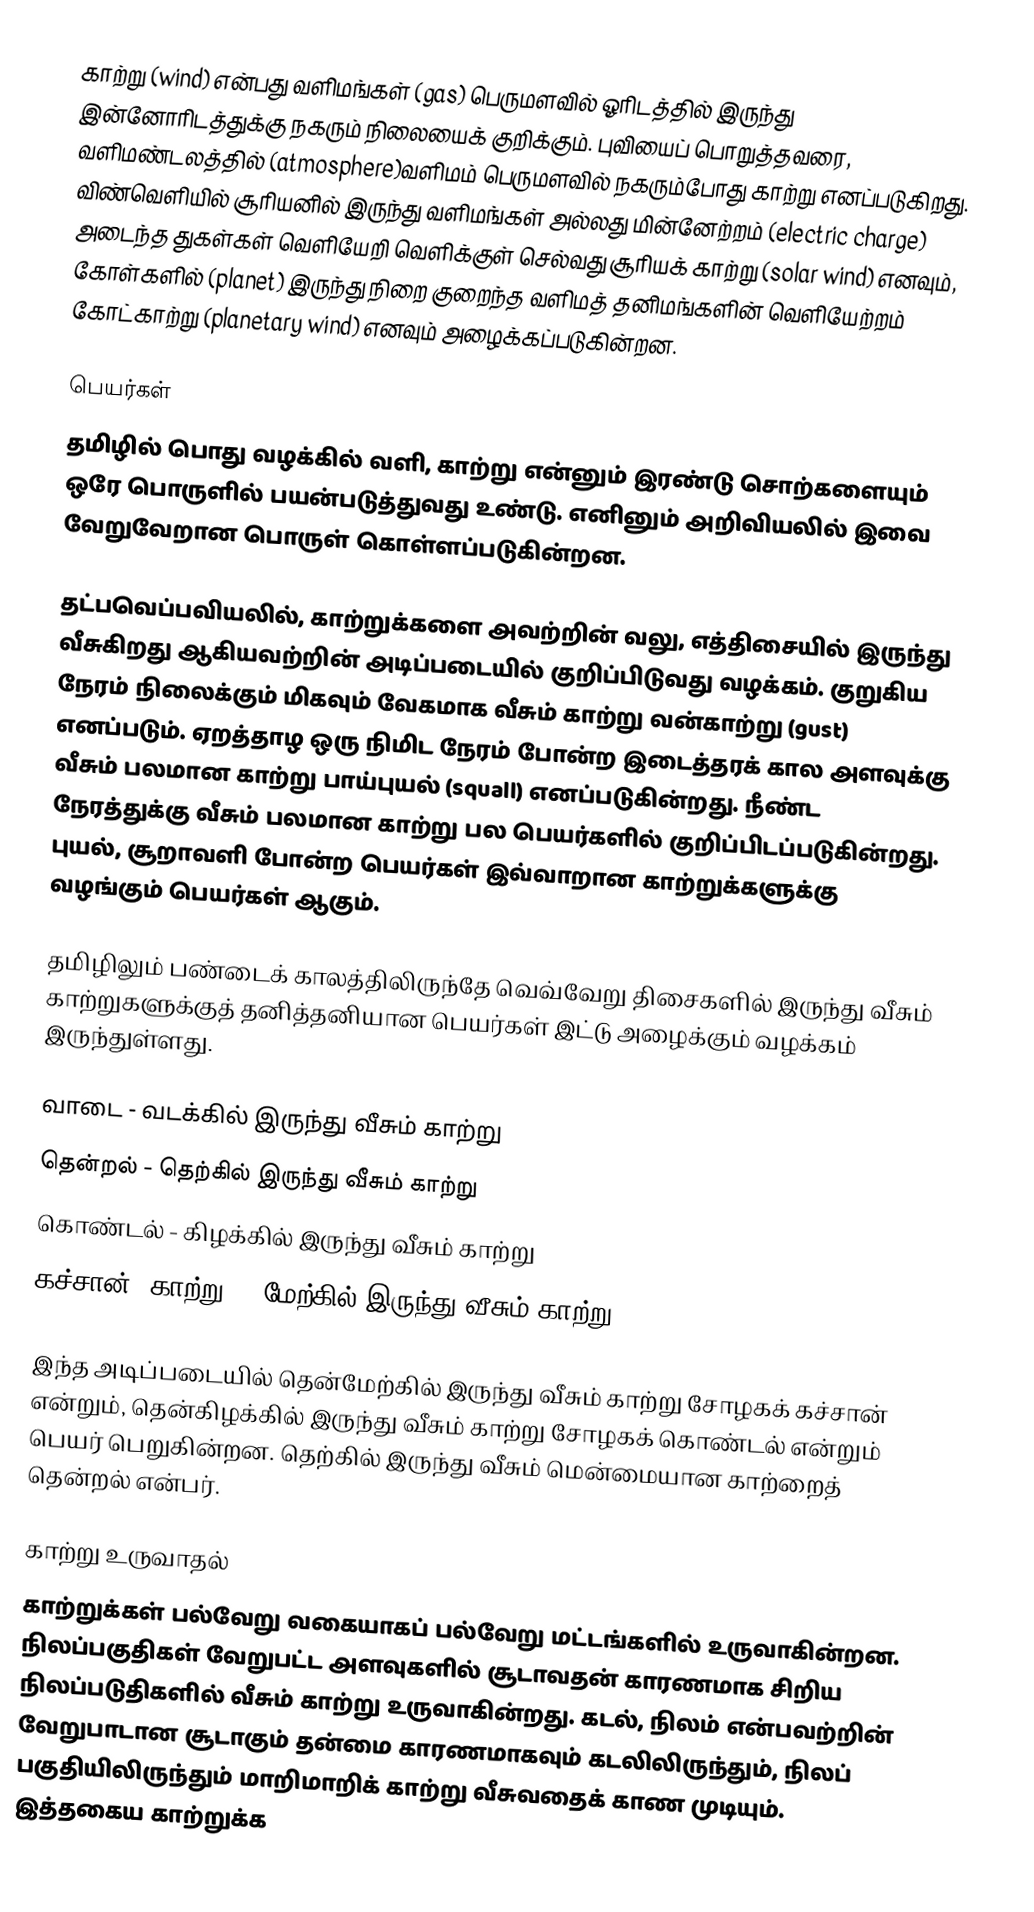
காற்று (wind) என்பது வளிமங்கள் (gas) பெருமளவில் ஓரிடத்தில் இருந்து இன்னோரிடத்துக்கு நகரும் நிலையைக் குறிக்கும். புவியைப் பொறுத்தவரை, வளிமண்டலத்தில் (atmosphere)வளிமம் பெருமளவில் நகரும்போது காற்று எனப்படுகிறது. விண்வெளியில் சூரியனில் இருந்து வளிமங்கள் அல்லது மின்னேற்றம் (electric charge) அடைந்த துகள்கள் வெளியேறி வெளிக்குள் செல்வது சூரியக் காற்று (solar wind) எனவும், கோள்களில் (planet) இருந்து நிறை குறைந்த வளிமத் தனிமங்களின் வெளியேற்றம் கோட்காற்று (planetary wind) எனவும் அழைக்கப்படுகின்றன.

பெயர்கள்
தமிழில் பொது வழக்கில் வளி, காற்று என்னும் இரண்டு சொற்களையும் ஒரே பொருளில் பயன்படுத்துவது உண்டு. எனினும் அறிவியலில் இவை வேறுவேறான பொருள் கொள்ளப்படுகின்றன.

தட்பவெப்பவியலில், காற்றுக்களை அவற்றின் வலு, எத்திசையில் இருந்து வீசுகிறது ஆகியவற்றின் அடிப்படையில் குறிப்பிடுவது வழக்கம். குறுகிய நேரம் நிலைக்கும் மிகவும் வேகமாக வீசும் காற்று வன்காற்று (gust) எனப்படும். ஏறத்தாழ ஒரு நிமிட நேரம் போன்ற இடைத்தரக் கால அளவுக்கு வீசும் பலமான காற்று பாய்புயல் (squall) எனப்படுகின்றது. நீண்ட நேரத்துக்கு வீசும் பலமான காற்று பல பெயர்களில் குறிப்பிடப்படுகின்றது. புயல், சூறாவளி போன்ற பெயர்கள் இவ்வாறான காற்றுக்களுக்கு வழங்கும் பெயர்கள் ஆகும்.

தமிழிலும் பண்டைக் காலத்திலிருந்தே வெவ்வேறு திசைகளில் இருந்து வீசும் காற்றுகளுக்குத் தனித்தனியான பெயர்கள் இட்டு அழைக்கும் வழக்கம் இருந்துள்ளது.

 வாடை - வடக்கில் இருந்து வீசும் காற்று
 தென்றல் - தெற்கில் இருந்து வீசும் காற்று
 கொண்டல் - கிழக்கில் இருந்து வீசும் காற்று
 கச்சான் (காற்று) - மேற்கில் இருந்து வீசும் காற்று

இந்த அடிப்படையில் தென்மேற்கில் இருந்து வீசும் காற்று சோழகக் கச்சான் என்றும், தென்கிழக்கில் இருந்து வீசும் காற்று சோழகக் கொண்டல் என்றும் பெயர் பெறுகின்றன. தெற்கில் இருந்து வீசும் மென்மையான காற்றைத் தென்றல் என்பர்.

காற்று உருவாதல்
காற்றுக்கள் பல்வேறு வகையாகப் பல்வேறு மட்டங்களில் உருவாகின்றன. நிலப்பகுதிகள் வேறுபட்ட அளவுகளில் சூடாவதன் காரணமாக சிறிய நிலப்படுதிகளில் வீசும் காற்று உருவாகின்றது. கடல், நிலம் என்பவற்றின் வேறுபாடான சூடாகும் தன்மை காரணமாகவும் கடலிலிருந்தும், நிலப் பகுதியிலிருந்தும் மாறிமாறிக் காற்று வீசுவதைக் காண முடியும். இத்தகைய காற்றுக்க